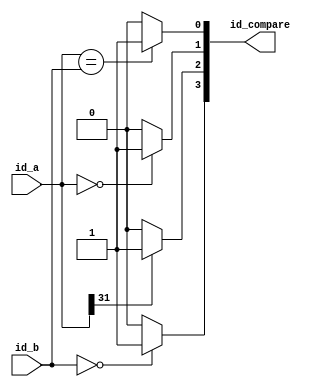
module Compare(
	input [31:0]id_a,
	input [31:0]id_b,
	output [3:0]id_compare
);

	assign id_compare[0] = (id_a==id_b) ? 1'b1 : 1'b0;
	assign id_compare[1] = (id_a==32'd0) ? 1'b1 : 1'b0;
	assign id_compare[2] = (id_a[31]==1'b1) ? 1'b1 : 1'b0;
	assign id_compare[3] = (id_b == 0) ? 1'b1 : 1'b0;
	
endmodule